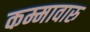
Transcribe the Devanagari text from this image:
कम्मावारु